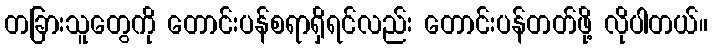
တခြားသူတွေကို တောင်းပန်စရာရှိရင်လည်း တောင်းပန်တတ်ဖို့ လိုပါတယ်။